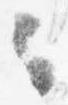
々